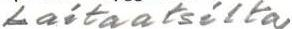
Laitaatsilta